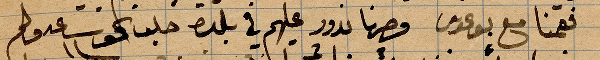
فقمنا مع بوغوس وصرنا ندور عليهم في بلدة حلب نحو ساعة ولم